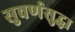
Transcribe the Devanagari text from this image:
सुवर्णसुद्धा